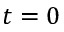
t = 0